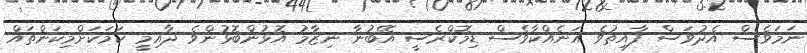
ނަމަވެސް އެދުވަސް ފާއިތުވެ އަނެއްކާވެސް ޑިމޮކްރެސީ އޭބުނާ ނިޒާމު އޮޅުންބޮޅުންވެ ދާއިމީ ކަމަކަށްމިކަންތައް